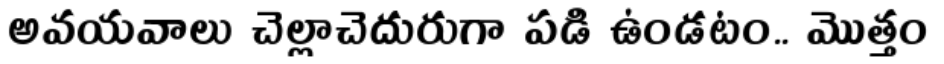
అవయవాలు చెల్లాచెదురుగా పడి ఉండటం.. మొత్తం